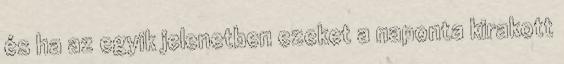
és ha az egyik jelenetben ezeket a naponta kirakott